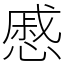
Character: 慼